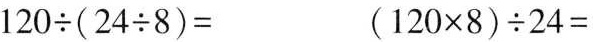
$$120 \div (24 \div 8)=$$ $$(120 × 8) \div 24=$$